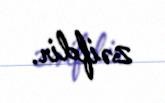
zəifdir.